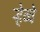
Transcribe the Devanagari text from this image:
र्‍हेव्वे